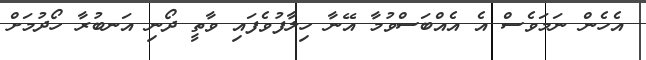
އެހެން ނަމަވެސް އެ އެއްބަސްވުމާ އޭނާ ހިލާފުވެފައި ވާތީ ދޯނި އަނބުރާ ހޯދުމަށް